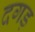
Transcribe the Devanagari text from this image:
दगड़